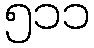
၅၁၁